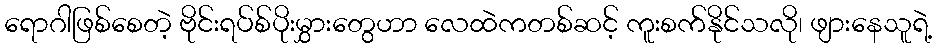
ရောဂါဖြစ်စေတဲ့ ဗိုင်းရပ်စ်ပိုးမွှားတွေဟာ လေထဲကတစ်ဆင့် ကူးစက်နိုင်သလို၊ ဖျားနေသူရဲ့